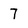
Character: 7